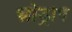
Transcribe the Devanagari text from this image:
स्नोड्राप